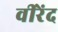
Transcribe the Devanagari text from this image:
वीरेंद